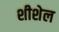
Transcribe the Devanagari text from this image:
शीशेल